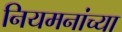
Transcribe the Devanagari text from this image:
नियमनांच्या